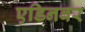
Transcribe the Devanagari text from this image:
एडिनबर